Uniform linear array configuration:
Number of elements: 32
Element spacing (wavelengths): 1
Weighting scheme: binomial
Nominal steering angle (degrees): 60
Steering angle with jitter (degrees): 60.921
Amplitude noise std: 0.05
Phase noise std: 0.05

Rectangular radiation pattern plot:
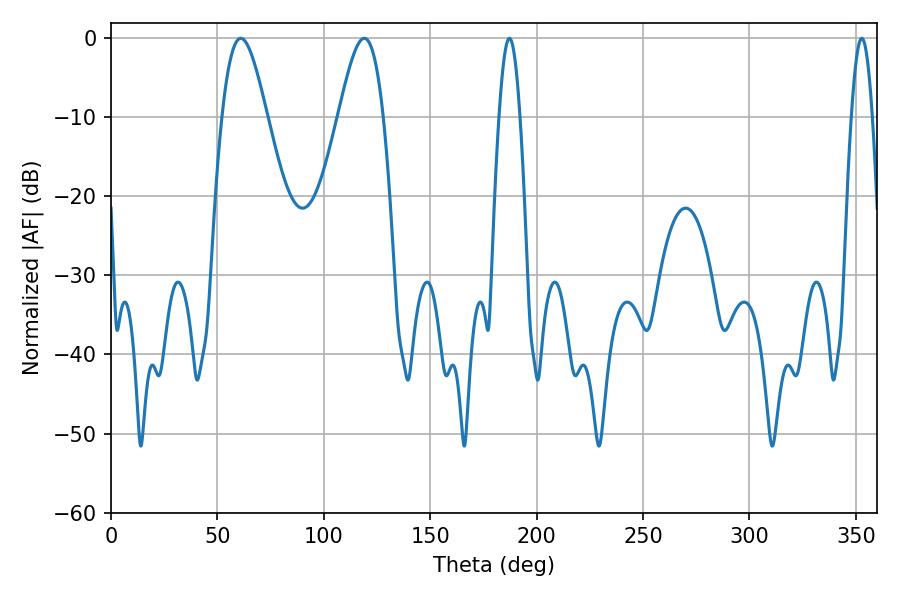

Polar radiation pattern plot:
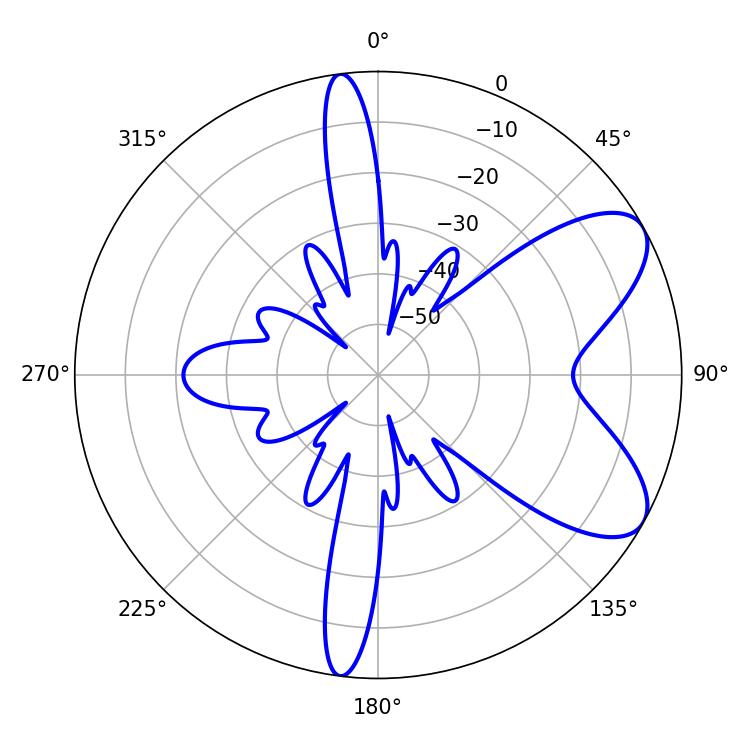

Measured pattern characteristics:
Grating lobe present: TRUE
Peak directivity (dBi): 7.48
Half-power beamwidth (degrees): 5.4
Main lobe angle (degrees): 187.2